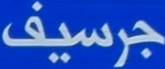
جرسيف